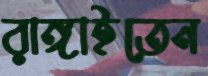
রাঙ্গাইতেন